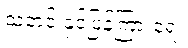
သတင်းနှင့်ပြန်ကြားရေး